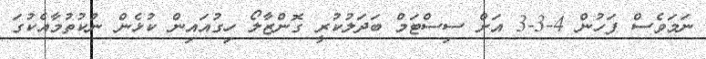
ނަމަވެސް ފަހުން 4-3-3 އަށް ސިސްޓަމް ބަދަލުކުރީ ގޮންޒާލޯ ހިގުއައިން ކުޅެން ނުކުތުމާއެކުގަ